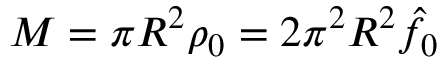
M = \pi R ^ { 2 } \rho _ { 0 } = 2 \pi ^ { 2 } R ^ { 2 } \hat { f } _ { 0 }